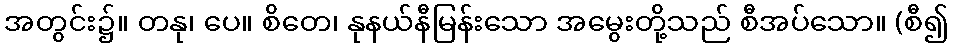
အတွင်း၌။ တနု၊ ပေ။ စိတေ၊ နုနယ်နီမြန်းသော အမွေးတို့သည် စီအပ်သော။ (စီ၍